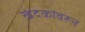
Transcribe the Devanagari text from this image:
खंदकांवरून